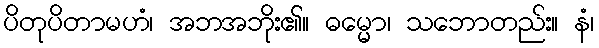
ပိတုပိတာမဟံ၊ အဘအဘိုး၏။ ဓမ္မော၊ သဘောတည်း။ နံ၊